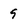
Character: 9